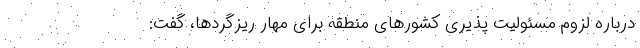
درباره لزوم مسئولیت پذیری کشورهای منطقه برای مهار ریزگردها، گفت: